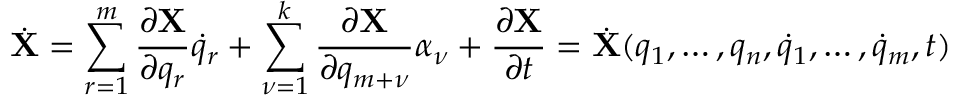
{ \dot { \bf X } } = \sum _ { r = 1 } ^ { m } \frac { \partial { \bf X } } { \partial q _ { r } } { \dot { q } } _ { r } + \sum _ { \nu = 1 } ^ { k } \frac { \partial { \bf X } } { \partial q _ { m + \nu } } \alpha _ { \nu } + \frac { \partial { \bf X } } { \partial t } = { \dot { \bf X } } ( q _ { 1 } , \dots , q _ { n } , { \dot { q } } _ { 1 } , \dots , { \dot { q } } _ { m } , t )